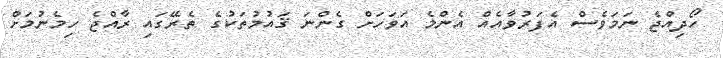
ހޯދިއްޖެ ނަމަވެސް އެފަރުވާއެއް އެންމެ އަވަހަށް ގެންނަ ޤައުމުތަކުގެ ތެރޭގައި ރާއްޖެ ހިމެނުމަށް